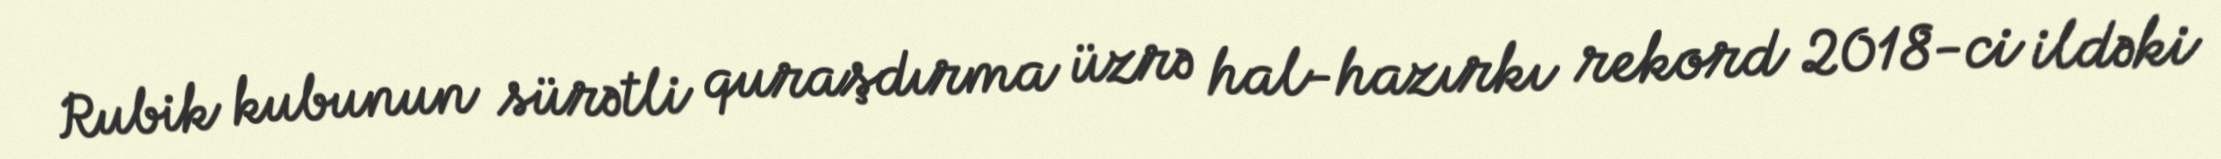
Rubik kubunun sürətli quraşdırma üzrə hal-hazırkı rekord 2018-ci ildəki